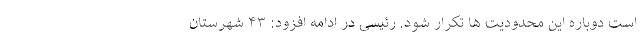
است دوباره این محدودیت ها تکرار شود. رئیسی در ادامه افزود: ۴۳ شهرستان